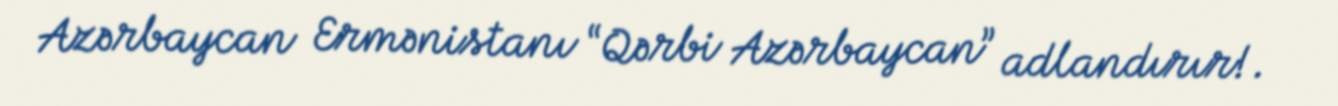
Azərbaycan Ermənistanı “Qərbi Azərbaycan” adlandırır!.